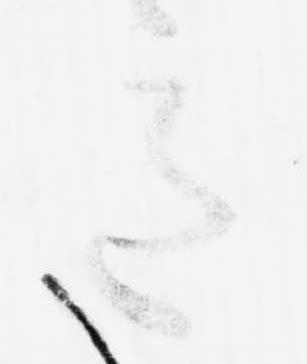
意